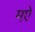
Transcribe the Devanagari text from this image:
मऐ